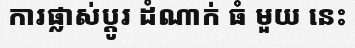
ការផ្លាស់ប្តូរ ដំណាក់ ធំ មួយ នេះ